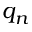
q _ { n }